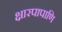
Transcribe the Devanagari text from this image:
क्षारपापाणि